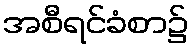
အစီရင်ခံစာ၌